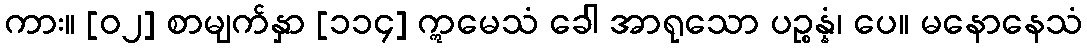
ကား။ [၀၂] စာမျက်နှာ [၁၁၄] ဣမေသံ ခေါ အာရုသော ပဉ္စန္နံ၊ ပေ။ မနောနေသံ